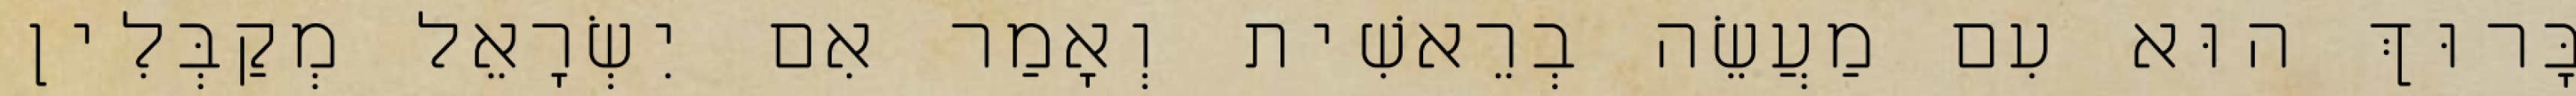
בָּרוּךְ הוּא עִם מַעֲשֵׂה בְרֵאשִׁית וְאָמַר אִם יִשְׂרָאֵל מְקַבְּלִין